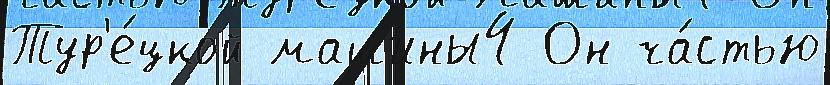
Тур'е́цкой машины4 Он ча́стью